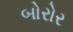
બોરોર